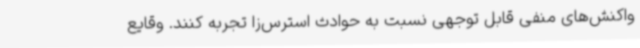
واکنش‌های منفی قابل توجهی نسبت به حوادث استرس‌زا تجربه کنند. وقایع